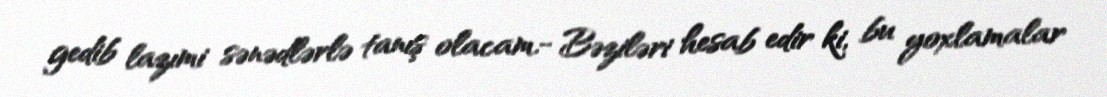
gedib lazımi sənədlərlə tanış olacam.- Bəziləri hesab edir ki, bu yoxlamalar